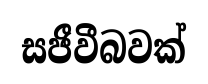
සජීවීබවක්